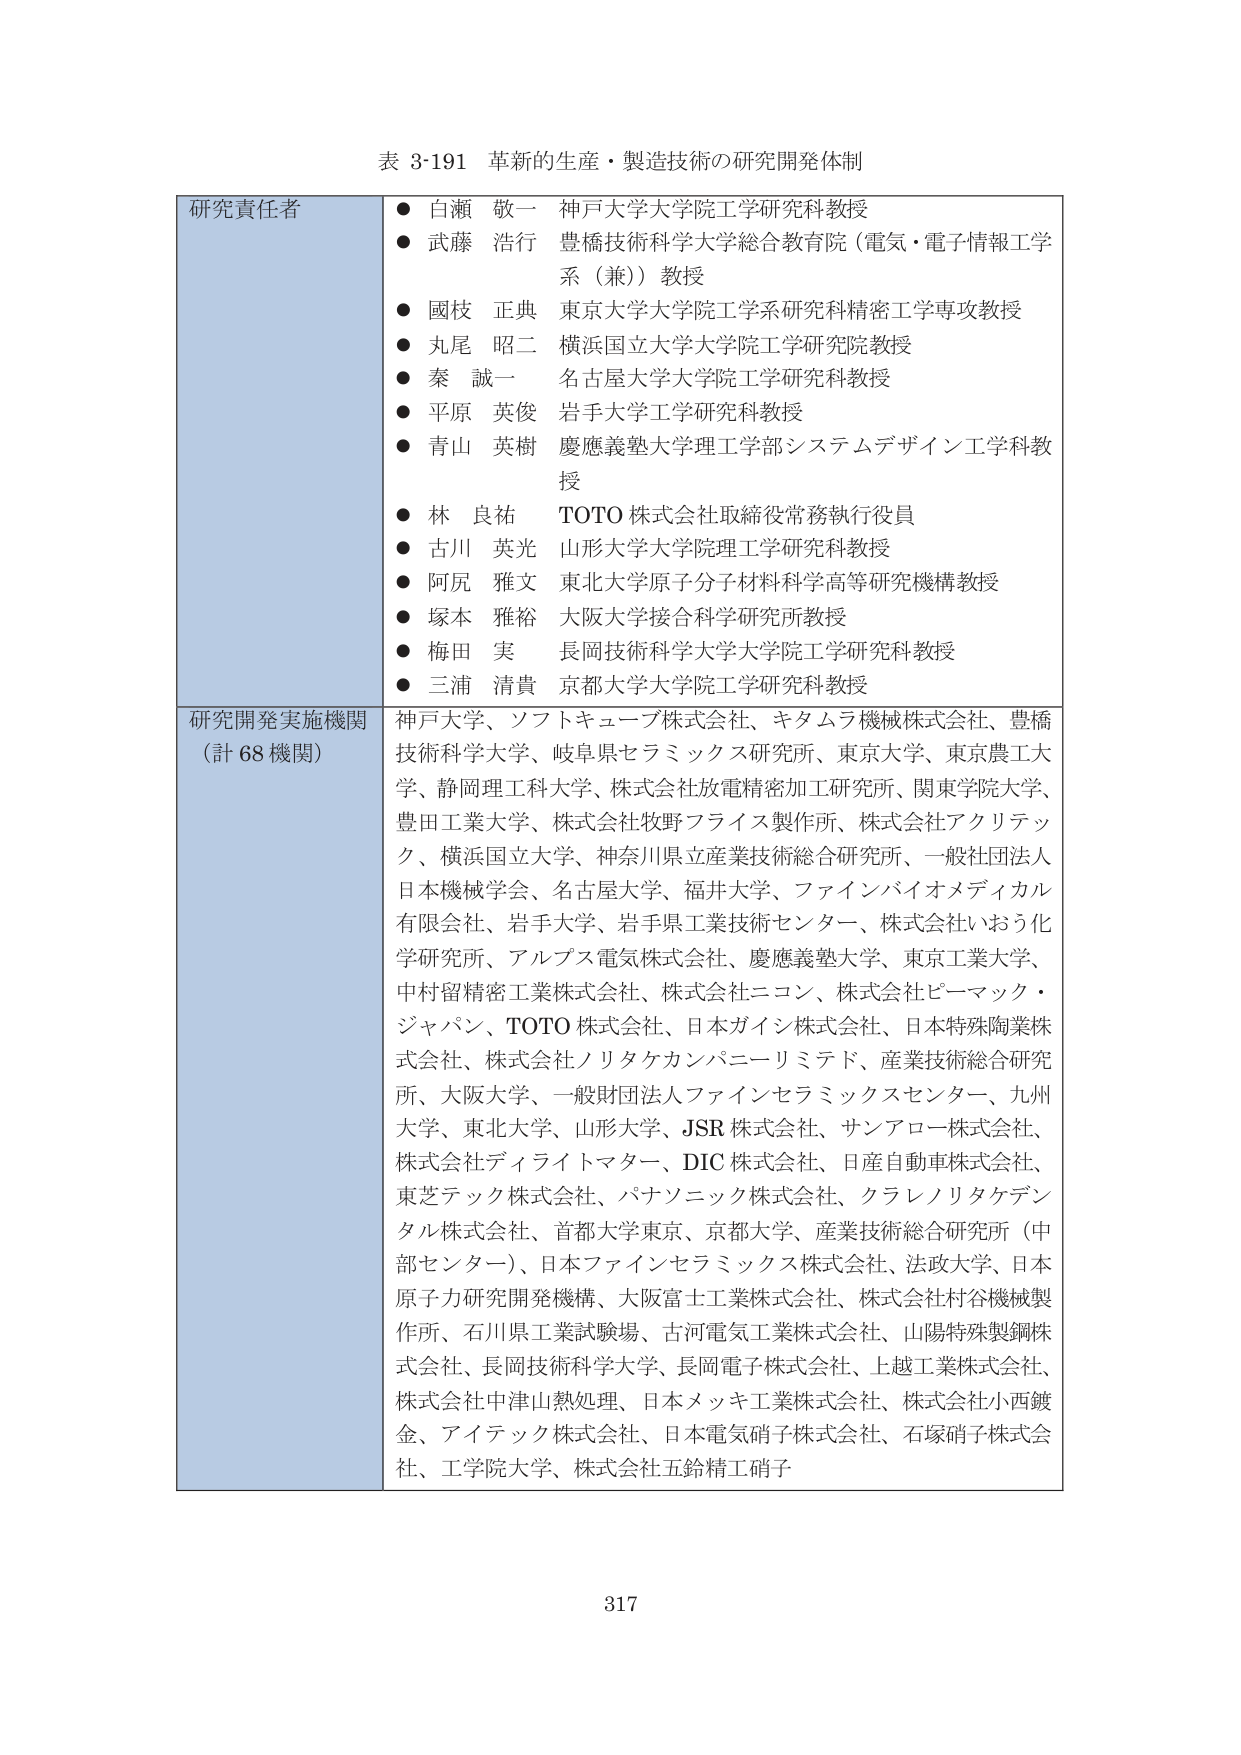
表 3-191 革新的生産・製造技術の研究開発体制

研究責任者
● 白瀬 敬一 神戸大学大学院工学研究科教授
● 武藤 浩行 豊橋技術科学大学総合教育院（電気・電子情報工学系（兼））教授
● 國枝 正典 東京大学大学院工学系研究科精密工学専攻教授
● 丸尾 昭二 横浜国立大学大学院工学研究院教授
● 秦 誠一 名古屋大学大学院工学研究科教授
● 平原 英俊 岩手大学工学研究科教授
● 青山 英樹 慶應義塾大学理工学部システムデザイン工学科教授
● 林 良祐 TOTO 株式会社取締役常務執行役員
● 古川 英光 山形大学大学院理工学研究科教授
● 阿尻 雅文 東北大学原子分子材料科学高等研究機構教授
● 塚本 雅裕 大阪大学接合科学研究所教授
● 梅田 実 長岡技術科学大学大学院工学研究科教授
● 三浦 清貴 京都大学大学院工学研究科教授

研究開発実施機関（計 68 機関）
神戸大学、ソフトキューブ株式会社、キタムラ機械株式会社、豊橋技術科学大学、岐阜県セラミックス研究所、東京大学、東京農工大学、静岡理工科大学、株式会社放電精密加工研究所、関東学院大学、豊田工業大学、株式会社牧野フライス製作所、株式会社アクリテック、横浜国立大学、神奈川県立産業技術総合研究所、一般社団法人日本機械学会、名古屋大学、福井大学、ファインバイオメディカル有限会社、岩手大学、岩手県工業技術センター、株式会社いおう化学研究所、アルプス電気株式会社、慶應義塾大学、東京工業大学、中村留精密工業株式会社、株式会社ニコン、株式会社ピーマック・ジャパン、TOTO 株式会社、日本ガイシ株式会社、日本特殊陶業株式会社、株式会社ノリタケカンパニーリミテド、産業技術総合研究所、大阪大学、一般財団法人ファインセラミックスセンター、九州大学、東北大学、山形大学、JSR 株式会社、サンアロー株式会社、株式会社ディライトマター、DIC 株式会社、日産自動車株式会社、東芝テック株式会社、パナソニック株式会社、クラレノリタケデンタル株式会社、首都大学東京、京都大学、産業技術総合研究所（中部センター）、日本ファインセラミックス株式会社、法政大学、日本原子力研究開発機構、大阪富士工業株式会社、株式会社村谷機械製作所、石川県工業試験場、古河電気工業株式会社、山陽特殊製鋼株式会社、長岡技術科学大学、長岡電子株式会社、上越工業株式会社、株式会社中津山熱処理、日本メッキ工業株式会社、株式会社小西鍍金、アイテック株式会社、日本電気硝子株式会社、石塚硝子株式会社、工学院大学、株式会社五鈴精工硝子

317